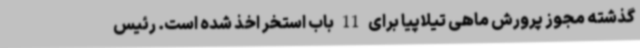
گذشته مجوز پرورش ماهی تیلاپیا برای 11 باب استخر اخذ شده است. رئیس